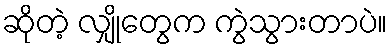
ဆိုတဲ့ လျှိုတွေက ကွဲသွားတာပဲ။